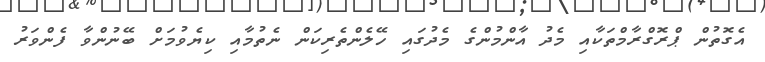
އެގޮތުން ޕްރޮގްރާމްތަކާއި މެދު އާންމުންގެ މެދުގައި ހޭލެންތެރިކަން ނެތުމާއި ކިޔެވުމަށް ބޭނުންވާ ފެންވަރު